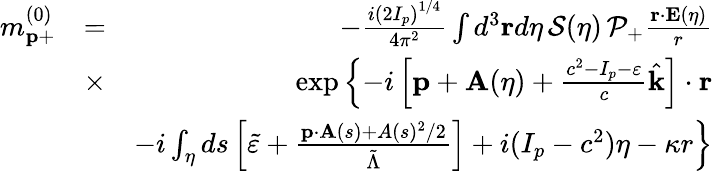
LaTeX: \begin{array}{rlr}{m_{\mathbf{p}+}^{(0)}}&{=}&{-\frac{i\left(2I_{p}\right)^{1/4}}{4\pi^{2}}\int d^{3}\mathbf{r}d\eta\, {\cal S}(\eta)\, {\cal P}_{+}\frac{\mathbf{r}\cdot\mathbf{E}(\eta)}{r}}\\ &{\times}&{\exp\left\{ -i\left[\mathbf{p}+\mathbf{A}(\eta)+\frac{c^{2}-I_{p}-\varepsilon}{c}\hat{\mathbf{k}}\right]\cdot\mathbf{r}\right.}\\ &{}&{-i\left.\int_{\eta}ds\left[\tilde{\varepsilon}+\frac{\mathbf{p}\cdot\mathbf{A}(s)+A(s)^{2}/2}{\tilde{\Lambda}}\right]+i(I_{p}-c^{2})\eta-\kappa r\right\} }\end{array}